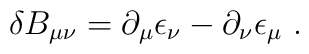
\delta B_{\mu \nu }=\partial _\mu \epsilon _\nu -\partial _\nu \epsilon_\mu \ .